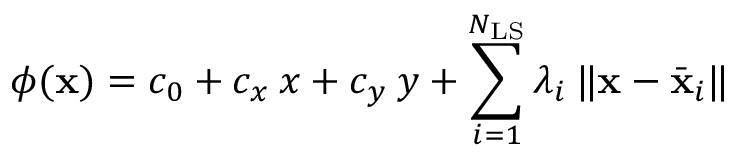
\phi ( \mathbf { x } ) = c _ { 0 } + c _ { x } \: x + c _ { y } \: y + \displaystyle \sum _ { i = 1 } ^ { N _ { \mathrm { L S } } } \lambda _ { i } \: \| \mathbf { x } - \bar { \mathbf { x } } _ { i } \|